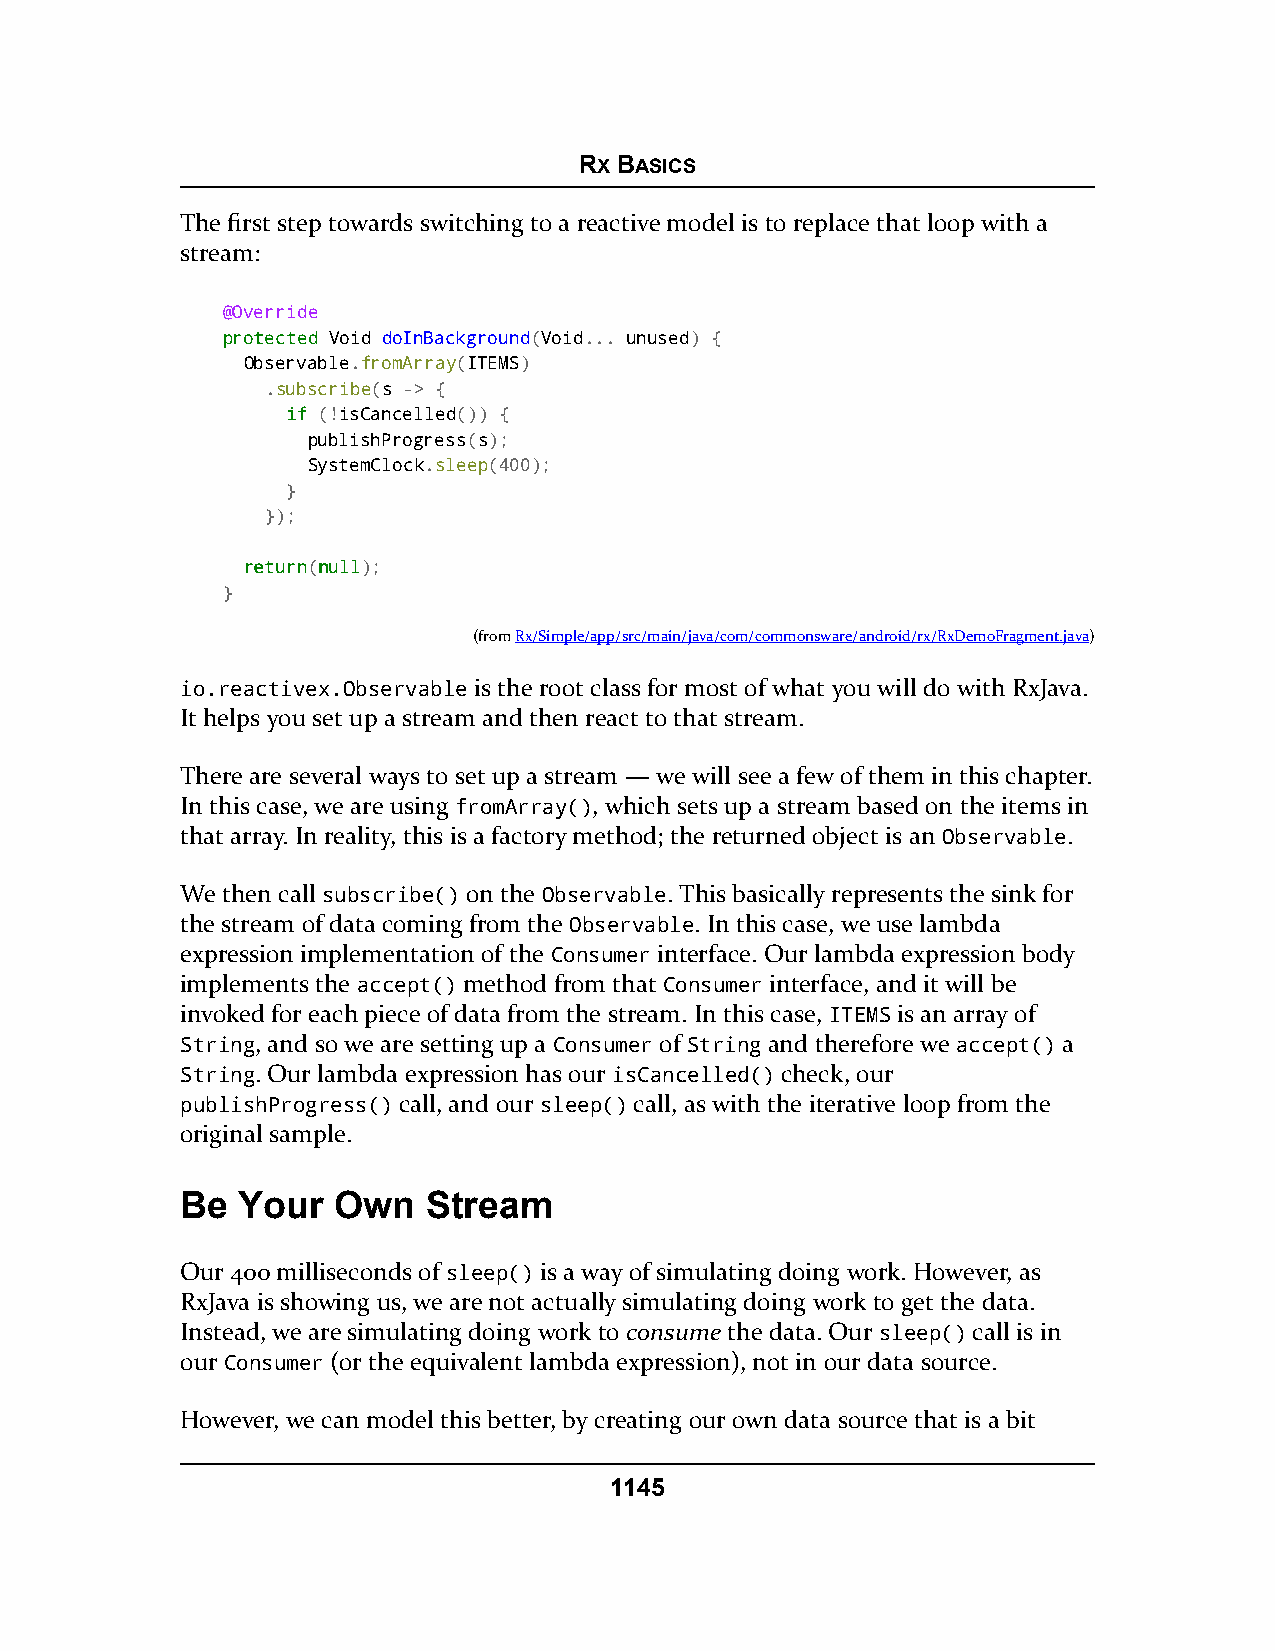
RX BASICS
 The first step towards switching to a reactive model is to replace that loop with a
 stream:
 @Override
 pprrootteecctteedd Void doInBackground(Void... unused) {
 Observable.fromArray(ITEMS)
 .subscribe(s -> {
 iiff (!isCancelled()) {
 publishProgress(s);
 SystemClock.sleep(400);
 }
 });
 rreettuurrnn(nnuullll);
 }
 (fromRx/Simple/app/src/main/java/com/commonsware/android/rx/RxDemoFragment.java)
 io.reactivex.Observable is the root class for most of what you will do with RxJava.
 It helps you set up a stream and then react to that stream.
 There are several ways to set up a stream — we will see a few of them in this chapter.
 In this case, we are using fromArray(), which sets up a stream based on the items in
 that array. In reality, this is a factory method; the returned object is an Observable.
 We then call subscribe() on the Observable. This basically represents the sink for
 the stream of data coming from the Observable. In this case, we use lambda
 expression implementation of the Consumer interface. Our lambda expression body
 implements the accept() method from that Consumer interface, and it will be
 invoked for each piece of data from the stream. In this case, ITEMS is an array of
 String, and so we are setting up a Consumer of String and therefore we accept() a
 String. Our lambda expression has our isCancelled() check, our
 publishProgress() call, and our sleep() call, as with the iterative loop from the
 original sample.
 Be  Your  Own   Stream
 Our 400 milliseconds of sleep() is a way of simulating doing work. However, as
 RxJava is showing us, we are not actually simulating doing work to get the data.
 Instead, we are simulating doing work to consume the data. Our sleep() call is in
 our Consumer (or the equivalent lambda expression), not in our data source.
 However, we can model this better, by creating our own data source that is a bit
 1145